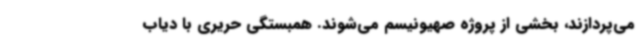
می‌پردازند، بخشی از پروژه صهیونیسم می‌شوند. همبستگی حریری با دیاب